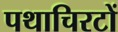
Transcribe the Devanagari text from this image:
पथाचिरटों